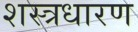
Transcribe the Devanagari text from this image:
शस्त्रधारण